Papers set at the Examination for Leaving Certificates, 1894
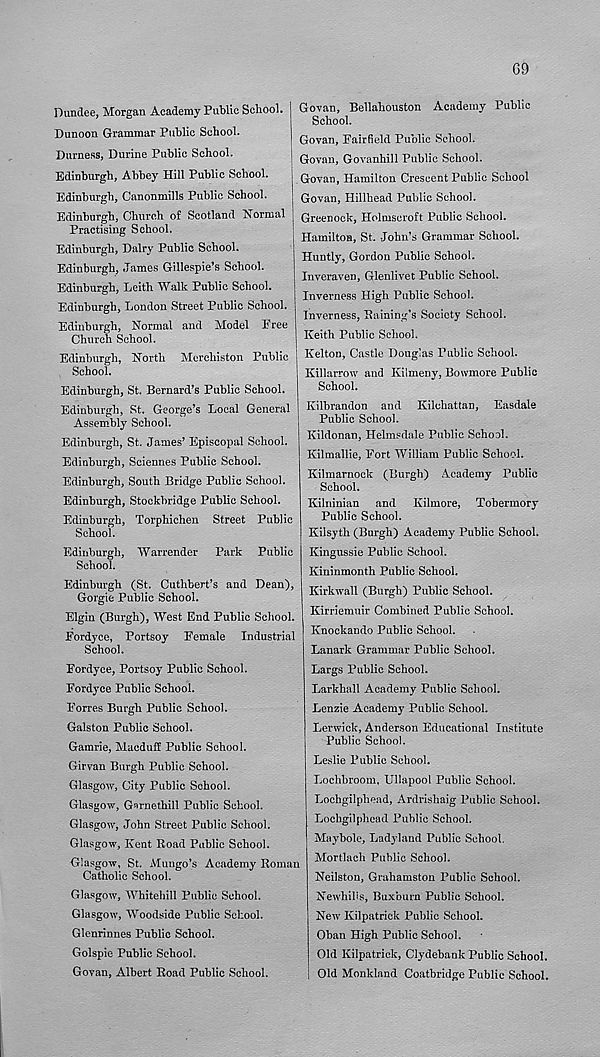
G9
Dundee, Morgan Academy Public School.
Dunoon Grammar Public School.
Durness, Durine Public School.
Edinburgh, Abbey Hill Public School.
Edinburgh, Canonmills Public School.
Edinburgh, Church of Scotland Normal
Practising School.
Edinburgh, Dairy Public School.
Edinburgh, James Gillespie’s School.
Edinburgh, Leith Walk Public School.
Edinburgh, London Street Public School.
Edinburgh, Normal and Model Free
Church School.
Edinburgh, North Mcrchiston Public
School.
Edinburgh, St. Bernard’s Public School.
Edinburgh, St. George’s Local General
Assembly School.
Edinburgh, St. James’ Episcopal School.
Edinburgh, Sciennes Public School.
Edinburgh, South Bridge Public School.
Edinburgh, Stockbridge Public School.
Edinburgh, Torphichen Street Public
School.
Edinburgh, Warrender Park Public
School.
Edinburgh (St. Cuthbert’s and Dean),
Gorgie Public School.
Elgin (Burgh), West End Public School.
Fordyce, Portsoy Female Industrial
School.
Fordyce, Portsoy Public School.
Fordyce Public School.
Forres Burgh Public School.
Galston Public School.
Gamrie, Macduff Public School.
Girvan Burgh Public School.
Glasgow, City Public School.
Glasgow, G^rnethill Public School.
Glasgow, John Street Public School.
Glasgow, Kent Road Public School.
Glasgow, St. Mungo’s Academy Roman
Catholic School.
Glasgow, Whitehill Public School.
Glasgow, Woodside Public School.
Glenrinnes Public School.
Golspie Public School.
Govan, Albert Road Public School.
Go-van, Bellahouston Academy Public
School.
Govan, Fairfield Public School.
Govan, Govanhill Public School.
Govan, Hamilton Crescent Public School
Govan, Hillhead Public School.
Greenock, Holmscroft Public School.
Hamilton, St. John’s Grammar School.
Huntly, Gordon Public School.
Inveraven, Glenlivet Public School.
Inverness High Public School.
Inverness, Raining’s Society School.
Keith Public School.
Kelton, Castle Douglas Public School.
Killarrow and Kilmeny, Bowmore Public
School.
Kilbrandon and Kilchattan, Easdale
Public School.
Kildonan, Helmsdale Public School.
Kilmallie, Fort William Public School.
Kilmarnock (Burgh) Academy Public
School.
Kilninian and Kilmore, Tobermory
Public School.
Kilsyth (Burgh) Academy Public School.
Kingussie Public School.
Kininmonth Public School.
Kirkwall (Burgh) Public School.
Kirriemuir Combined Public School.
Knockando Public School.
Lanark Grammar Public School.
Largs Public School.
Larkhall Academy Public School.
Lenzie Academy Public School.
Lerwick, Anderson Educational Institute
Public School.
Leslie Public School.
Lochbroom, Ullapool Public School.
Lochgilphead, Ardrishaig Public School.
Lochgilphead Public School.
Maybole, Ladyland Public School.
Mortlach Public School.
Neilston, Grahamston Public School.
Newhilis, Buxburn Public School.
New Kilpatrick Public School.
Oban High Public School.
Old Kilpatrick, Clydebank Public School.
Old Monkland Coatbridge Public School.